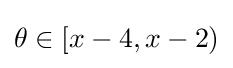
\theta \in [x-4,x-2)